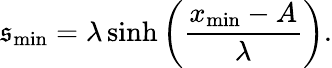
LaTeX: \mathfrak{s}_{\mathrm{{min}}}=\lambda\sinh\left(\frac{{x_{\mathrm{{min}}}-A}}{{\lambda}}\right).